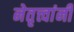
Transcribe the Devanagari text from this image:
नेतृत्त्वांनी